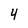
Character: 4